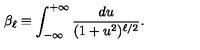
\beta _ { \ell } \equiv \int _ { - \infty } ^ { + \infty } \frac { d u } { ( 1 + u ^ { 2 } ) ^ { \ell / 2 } } .